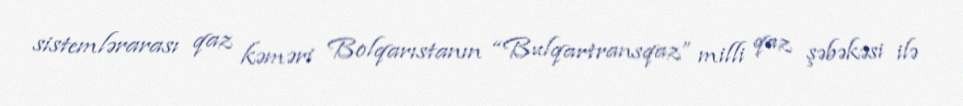
sistemlərarası qaz kəməri Bolqarıstanın “Bulqartransqaz” milli qaz şəbəkəsi ilə